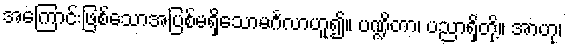
အကြောင်းဖြစ်သောအပြစ်မရှိသောမင်္ဂလာဟူ၍။ ပဏ္ဍိတာ၊ ပညာရှိတို့။ အာဟု၊